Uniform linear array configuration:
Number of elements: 4
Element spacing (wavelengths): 0.75
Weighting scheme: hamming
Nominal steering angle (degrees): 60
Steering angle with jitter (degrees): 58.379
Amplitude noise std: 0.05
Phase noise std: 0.05

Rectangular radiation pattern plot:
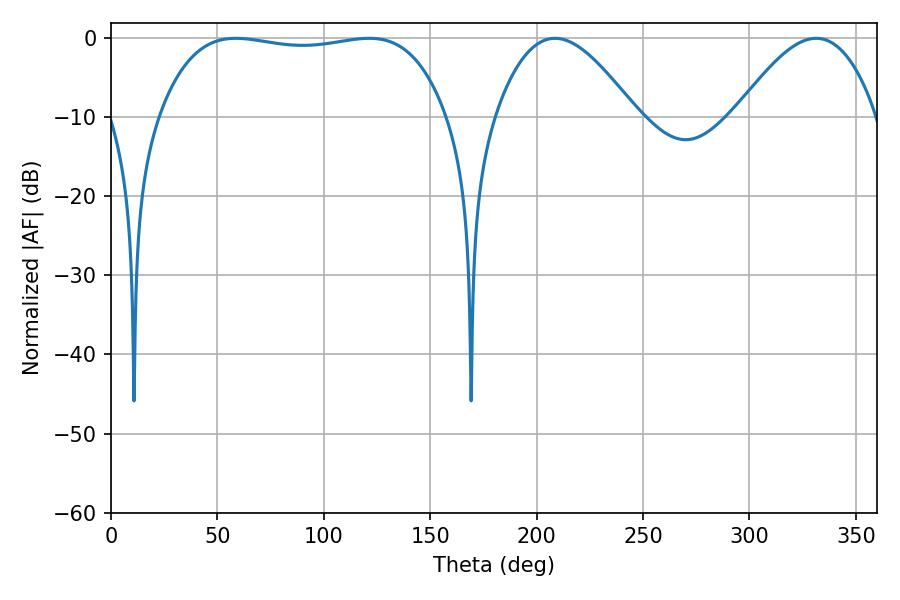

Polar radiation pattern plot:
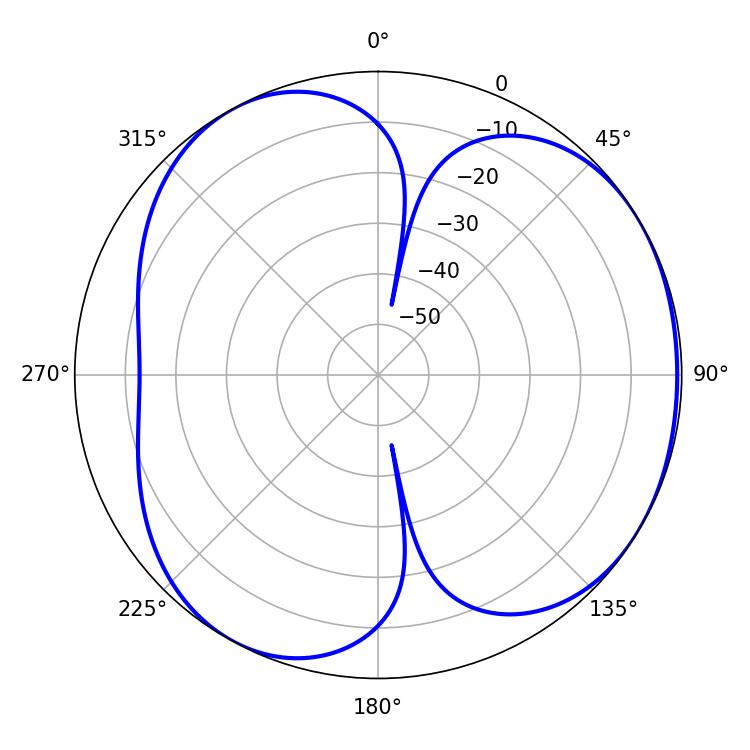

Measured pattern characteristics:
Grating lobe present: TRUE
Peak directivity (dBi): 4.166
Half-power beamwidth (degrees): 108
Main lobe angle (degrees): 58.68